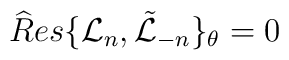
{\widehat Res}\{ {\mathcal L }_{n}, \tilde {\mathcal L}_{-n}\}_{\theta}=0